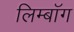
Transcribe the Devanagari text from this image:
लिम्बॉग